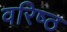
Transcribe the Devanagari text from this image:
वरिष्‍ठ